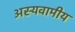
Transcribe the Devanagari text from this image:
अस्यवामीय